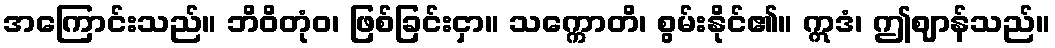
အကြောင်းသည်။ ဘိဝိတုံဝ၊ ဖြစ်ခြင်းငှာ။ သက္ကောတိ၊ စွမ်းနိုင်၏။ ဣဒံ၊ ဤဈာန်သည်။